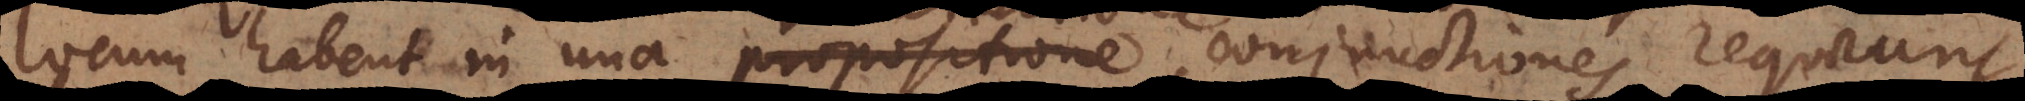
locum habent in una propositione, conjunctiones requirunt